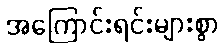
အကြောင်းရင်းများစွာ